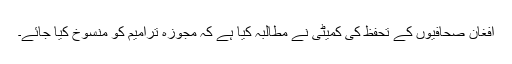
افغان صحافیوں کے تحفظ کی کمیٹی نے مطالبہ کیا ہے کہ مجوزہ ترامیم کو منسوخ کیا جائے۔